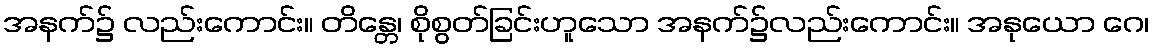
အနက်၌ လည်းကောင်း။ တိန္တေ၊ စိုစွတ်ခြင်းဟူသော အနက်၌လည်းကောင်း။ အနုယော ဂေ၊